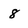
Character: 8